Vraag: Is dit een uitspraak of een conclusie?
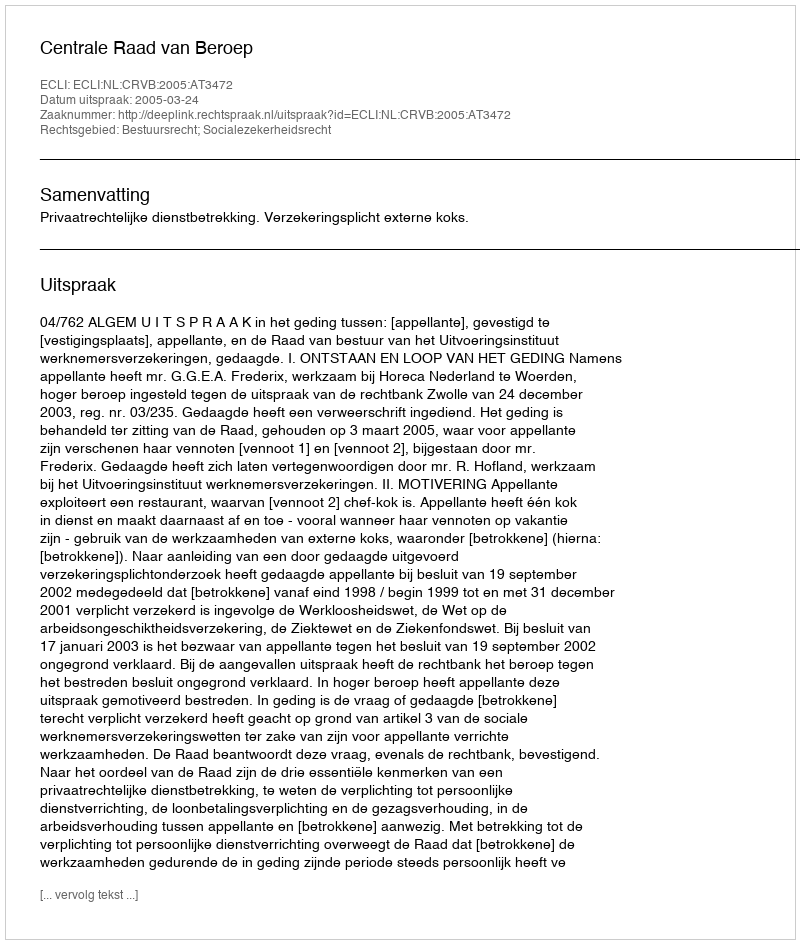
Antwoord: Uitspraak